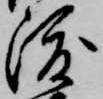
渡